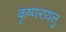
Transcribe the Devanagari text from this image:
कृष्णरायलु